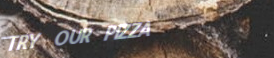
TRY OUR PIZZA